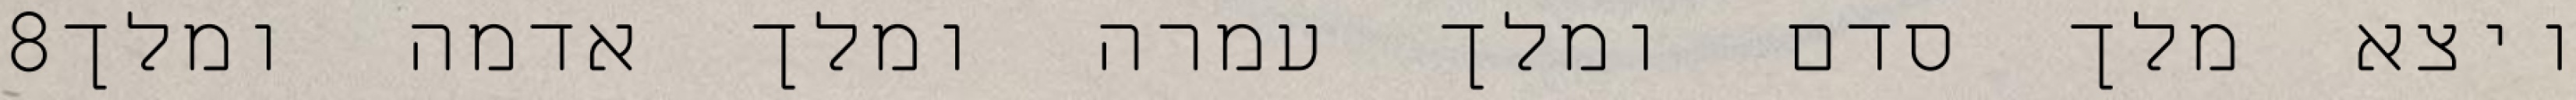
‎8‏ ויצא מלך סדם ומלך עמרה ומלך אדמה ומלך